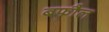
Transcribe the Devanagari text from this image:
बफौल